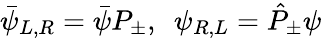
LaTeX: \bar{\psi}_{L,R}=\bar{\psi}P_{\pm},\ \ \psi_{R,L}=\hat{P}_{\pm}\psi